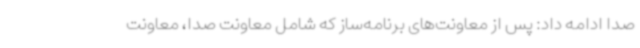
صدا ادامه داد: پس از معاونت‌های برنامه‌ساز که شامل معاونت صدا، معاونت